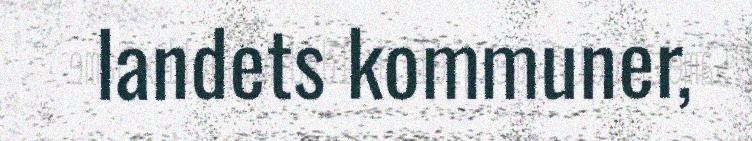
landets kommuner,